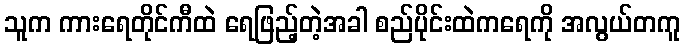
သူက ကားရေတိုင်ကီထဲ ရေဖြည့်တဲ့အခါ စည်ပိုင်းထဲကရေကို အလွယ်တကူ